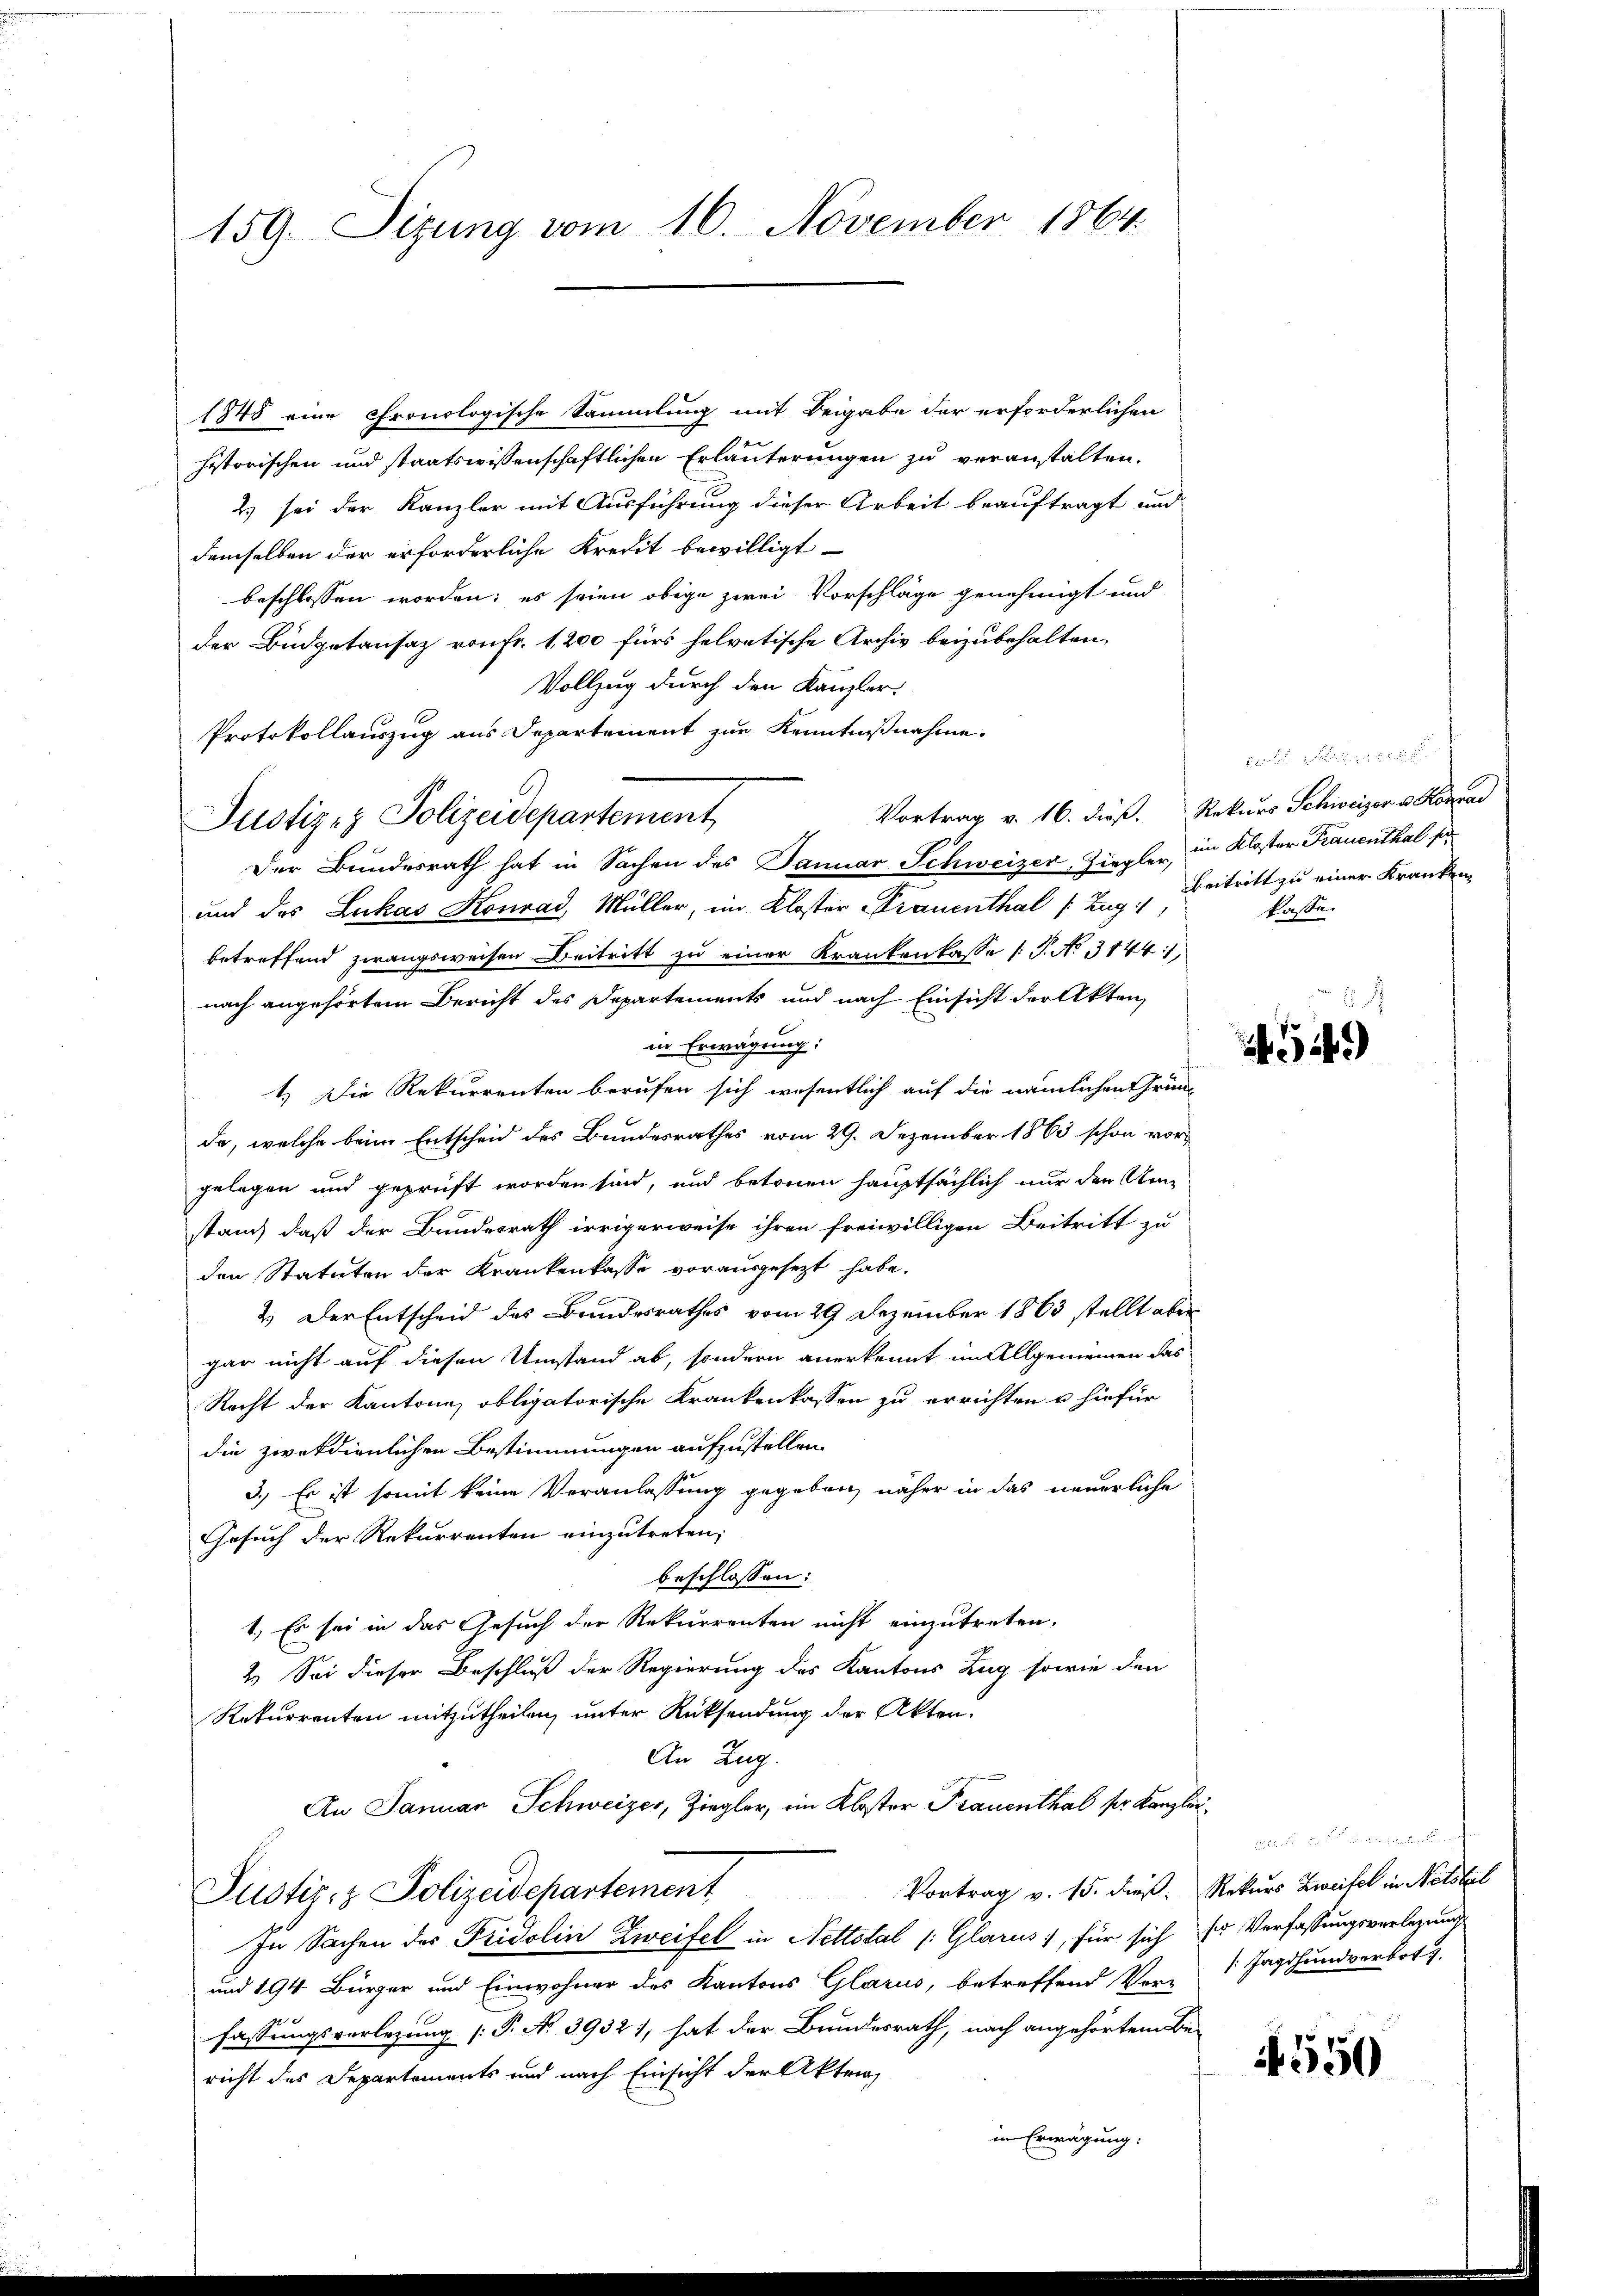
159. Sizung vom 16. November 1864.

1848 eine pronologische Sammlung mit Beigabe der erforderlichen
historischen und staatswissenschaftlichen Erläuterungen zu veranstalten.
2) sei der Kanzler mit Ausführung dieser Arbeit beauftragt und
demselben der erforderliche Kredit bewilligt
beschlossen worden; es seien obige zwei Vorschläge genehmigt und
der Büdgetansaz von Fr. 1200 für helvetische Archiv beizubehalten.
Vollzug durch den Kanzler,
Protokollauszug aus Departement zur Kenntnißnahme.
Der Bundesrath hat in Sachen des Januar Schweizer Ziegler, in Kloster Frauenthal son
und des Lukas Konrad, Müller, im Kloster Frauenthal (: Zug,
betreffend zwangsweisen. Beitritt zu einer Krankenkasse (T. No 31441,
nach angehörtem Bericht des Departements und nach Einsicht der Akten,
in Erwägung:
1.) Die Rekurrenten berufen sich wesentlich auf die nämlichen Gründa, welche beim Entscheid des Bundesrathes vom 29. Dezember 1863 schon vorgelegen und geprüft worden sind, und betonen hauptsächlich nur den Um-
stand daß der Bundesrath irrigerweise ihren freiwilligen Beitritt zu
den Statuten der Krankenkasse vorausgesezt habe.
2.) Der Entscheid des Bundesrathes vom 29. Dezember 1863 stellt aber
gar nicht auf diesen Umstand ab, sondern anerkennt im Allgemeinen das
Recht der Kantone, obligatorische Krankenkassen zu errichten u hiefür
die zwekdienlichen Bestimmungen aufzustellen.
3.) Es ist somit keine Veranlassung gegeben, näher in das neuerliche
Gesuch der Rekurrenten einzutreten;
beschlossen:
1.) Es sei in das Gesuch der Rekurrenten nicht einzutreten.
2.) Sei dieser Beschluß der Regierung des Kantons Zug sowie den
Rekurrenten mitzutheilen, unter Rücksendung der Akten.
An Zug.
An Januar Schweizer, Ziegler, im Kloster Frauenthal ser Kanzlei¬
Vortrag v. 15. dieß. Rekurs Zweifel in Netstel
Justiz & Polizeidepartement
In Sachen des Fridolin Zweifel in Nettotal (Glarus, für sich sr Verfassungsverlegung
und 194 Bürger und Einwohner des Kantons Glarus, betreffend Ver-
e
fassungsvorlegung (T. N. 39321, hat der Brundesrath, nach angehörten Be-
richt des Departements und nach Einsicht der Akteig
in Erwägung.

Justiz- & Polizeidepartement

1
Vortrag v. 16. dieß. Rekurs Schweizer v. Konrad
Beitritt zu einer Kranken
kasse.

449

if. 550

das alle und
/: Jagdhundverbot z.